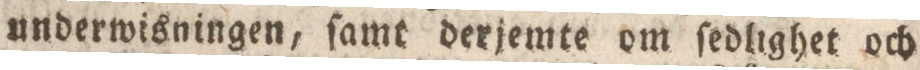
underwisningen, ſamt derjemte om ſedlighet och